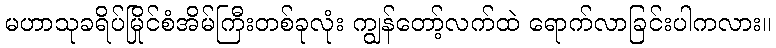
မဟာသုခရိပ်မြိုင်စံအိမ်ကြီးတစ်ခုလုံး ကျွန်တော့်လက်ထဲ ရောက်လာခြင်းပါကလား။